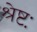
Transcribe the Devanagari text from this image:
श्रेष्टः